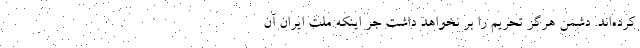
کرده‌اند. دشمن هرگز تحریم را بر نخواهد داشت جر اینکه ملت ایران آن